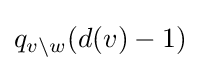
q_{v\setminus w}(d(v)-1)